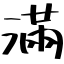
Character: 滿